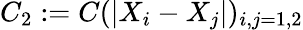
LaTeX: C_{2}:=C(|X_{i}-X_{j}|)_{i,j=1,2}